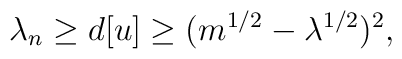
\lambda_n\geq d[u]\geq(m^{1/2}-\lambda^{1/2})^2,